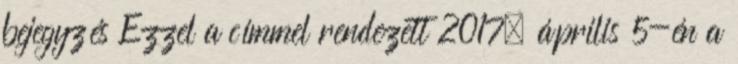
bejegyzés Ezzel a címmel rendezett 2017. április 5-én a